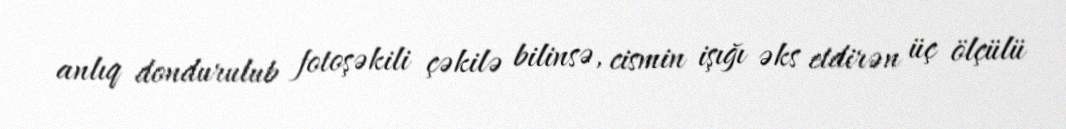
anlıq dondurulub fotoşəkili çəkilə bilinsə, cismin işığı əks etdirən üç ölçülü